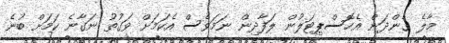
މާލެ ގެންދަން އެހޮސްޕިޓަލުން ލަފާދިން ނަމަވެސް އެކަމަށް ވަގުތު ނަގާނެ ކަމަށް ބުނެ